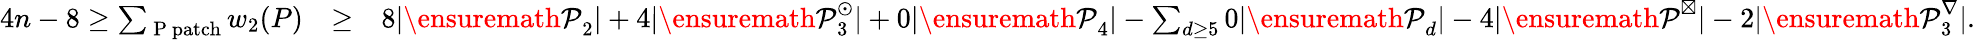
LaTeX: \begin{array}{rlr}{4n-8\geq\sum_{\mathrm{~P~patch}}w_{2}(P)}&{\geq}&{8|{\ensuremath{\cal P}}_{2}|+4|{\ensuremath{\cal P}}_{3}^{\odot}|+0|{\ensuremath{\cal P}}_{4}|-\sum_{d\geq 5}0|{\ensuremath{\cal P}}_{d}|-4|{\ensuremath{\cal P}}^{\boxtimes}|-2|{\ensuremath{\cal P}}_{3}^{\nabla}|.}\end{array}